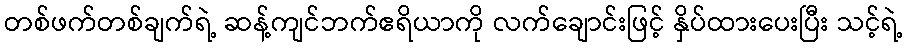
တစ်ဖက်တစ်ချက်ရဲ့ ဆန့်ကျင်ဘက်ဧရိယာကို လက်ချောင်းဖြင့် နှိပ်ထားပေးပြီး သင့်ရဲ့